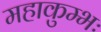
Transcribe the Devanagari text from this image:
महाकुम्भः